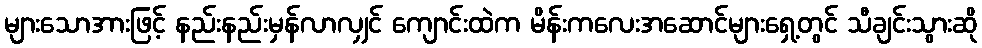
များသောအားဖြင့် နည်းနည်းမှန်လာလျှင် ကျောင်းထဲက မိန်းကလေးအဆောင်များရှေ့တွင် သီချင်းသွားဆို